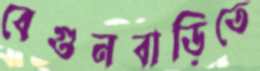
বেগুনবাড়িতে